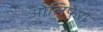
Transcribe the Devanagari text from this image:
ओलिफेरा